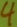
Text: 4